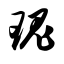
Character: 瑰